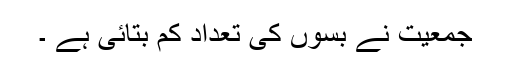
جمعیت نے بسوں کی تعداد کم بتائی ہے ۔